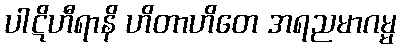
ပါဋိဟီရာနိ ဟိတာဟိတေ အရညမာဂမ္မ